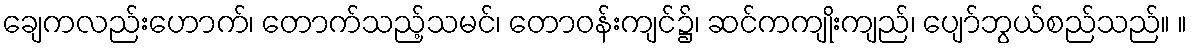
ချေကလည်းဟောက်၊ တောက်သည့်သမင်၊ တောဝန်းကျင်၌၊ ဆင်ကကျိုးကျည်၊ ပျော်ဘွယ်စည်သည်။ ။